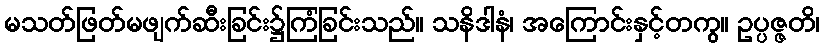
မသတ်ဖြတ်မဖျက်ဆီးခြင်း၌ကြံခြင်းသည်။ သနိဒါနံ၊ အကြောင်းနှင့်တကွ။ ဥပ္ပဇ္ဇတိ၊